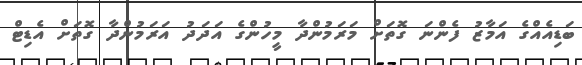
ބަޑިއެއްގެ އަމާޒު ފެންނަ ގޮތަށް މަރަމުންދާ މީހުންގެ އަދަދު އަރަމުންދާ ގޮތަށް އެޑިޓް